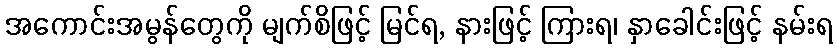
အကောင်းအမွန်တွေကို မျက်စိဖြင့် မြင်ရ, နားဖြင့် ကြားရ၊ နှာခေါင်းဖြင့် နမ်းရ